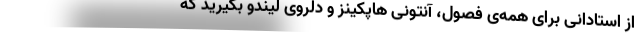
از استادانی برای همه‌ی فصول، آنتونی هاپکینز و دلروی لیندو بگیرید که